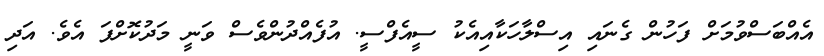
އެއްބަސްވުމަށް ފަހުން ގެނައި އިސްލާހަކާއިއެކު ސީއެފްސީ. އުފެއްދުންވެސް ވަނީ މަދުކޮށްފަ އެވެ. އަދި